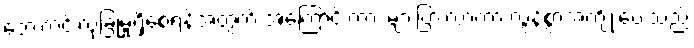
ဘေးကင်းလုံခြုံမှုရှိစေရန်အတွက် အကြောင်းကား များပြားလာကာ လွန်စွာအကျိုးပေးသည်